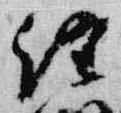
経